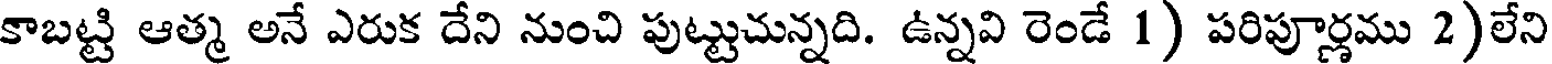
కాబట్టి ఆత్మ అనే ఎరుక దేని నుంచి పుట్టుచున్నది. ఉన్నవి రెండే 1) పరిపూర్ణము 2)లేని